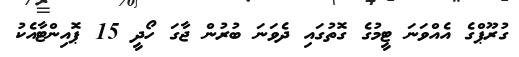
ގުރޫޕްގެ އެއްވަނަ ޓީމުގެ ގޮތުގައި ދެވަނަ ބުރުން ޖާގަ ހޯދީ 15 ޕޮއިންޓާއެކު